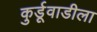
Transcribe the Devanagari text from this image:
कुर्डूवाडीला